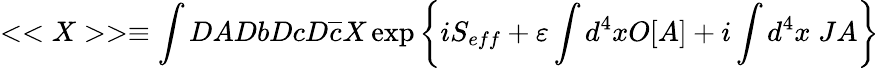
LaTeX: <<X>>\equiv\int DADbDcD\overline{{{c}}}X\exp\left\{ iS_{eff}+\varepsilon\int d^{4}xO[A]+i\int d^{4}x\; JA\right\}